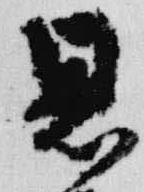
恩